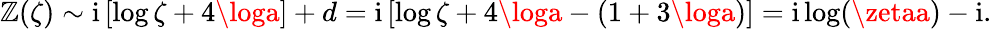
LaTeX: \mathbb{Z}(\zeta)\sim\mathrm{{i}}\left[\log\zeta+{4\loga}\right]+d=\mathrm{{i}}\left[\log\zeta+{4\loga}-(1+3\loga)\right]=\mathrm{{i}}\log(\zetaa)-\mathrm{{i}}.